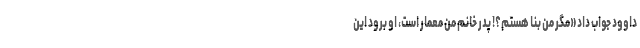
داوود جواب داد «مگر من بنا هستم؟! پدر خانم من معمار است، او برود این